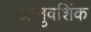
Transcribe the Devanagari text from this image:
आनुवशिंक